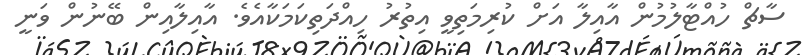
ސާޗް ހުއްޓާލުމުން އާއިލާ އަށް ކުރިމަތިވީ އިތުރު ހިއްދަތިކަމަކާއެވެ. އާއިލާއިން ބޭނުން ވަނީ